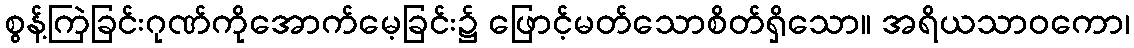
စွန့်ကြဲခြင်းဂုဏ်ကိုအောက်မေ့ခြင်း၌ ဖြောင့်မတ်သောစိတ်ရှိသော။ အရိယသာဝကော၊